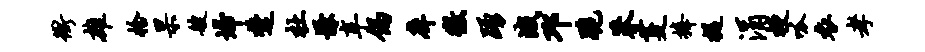
冲雄拾杲艘埽楚杜慊辛偈庠徼踊峨邛跪莽芟捧提涓梗呱衣孝